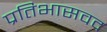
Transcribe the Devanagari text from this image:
प्रतिभासवद